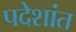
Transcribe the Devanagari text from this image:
पदेशांत